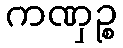
ကဏှဉ္စ